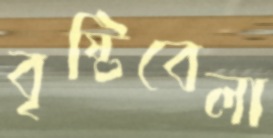
বৃষ্টিবেলা